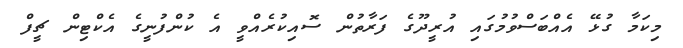
މިކަމާ ގުޅޭ އެއްބަސްވުމުގައި އުރީދޫގެ ފަރާތުން ސޮއިކުރެއްވީ އެ ކުންފުނީގެ އެކްޓިން ޗީފް